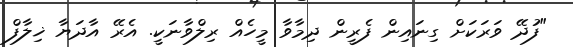
"ފުދޭ ވަރަކަށް ގިނައިން ފެރީން ދިމާވާ މީހެއް ރިލްވާނަކީ. އެރޭ އާދަޔާ ޚިލާފް